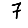
Digit: 7